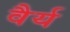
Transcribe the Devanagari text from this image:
वैर्य